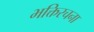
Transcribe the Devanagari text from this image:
भक्तिरचना